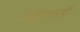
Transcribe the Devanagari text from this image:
व्हीएसडी